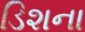
ડિશના